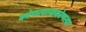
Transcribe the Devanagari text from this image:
कोणत्यानाकोणत्या